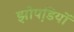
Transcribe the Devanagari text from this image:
झोपडि़यों